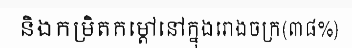
និងកម្រិតកម្តៅនៅក្នុងរោងចក្រ(៣៨%)